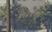
બદરખા